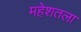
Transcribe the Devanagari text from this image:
महेशतला